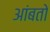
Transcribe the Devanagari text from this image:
आंबतो